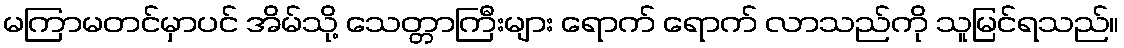
မကြာမတင်မှာပင် အိမ်သို့ သေတ္တာကြီးများ ရောက် ရောက် လာသည်ကို သူမြင်ရသည်။